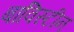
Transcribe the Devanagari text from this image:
बाविस्टीन